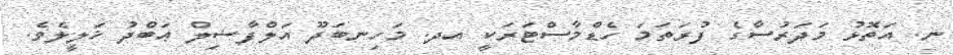
ނ. އަތޮޅު މަދަރުސާގެ ފުރަތަމަ ހެޑްމާސްޓަރަކީ އދ. މަހިނބަދޫ އަލްފާޟިލް ޢަބްދު ޚަލީލެވެ.